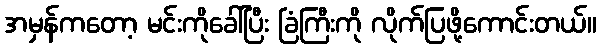
အမှန်ကတော့ မင်းကိုခေါ်ပြီး ခြံကြီးကို လိုက်ပြဖို့ကောင်းတယ်။